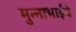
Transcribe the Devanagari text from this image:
मुन्नाभाईचे